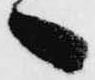
へ